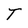
Character: T